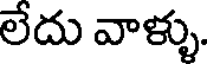
లేదు వాళ్ళు.